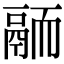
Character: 𩰴